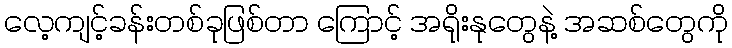
လေ့ကျင့်ခန်းတစ်ခုဖြစ်တာ ကြောင့် အရိုးနုတွေနဲ့ အဆစ်တွေကို